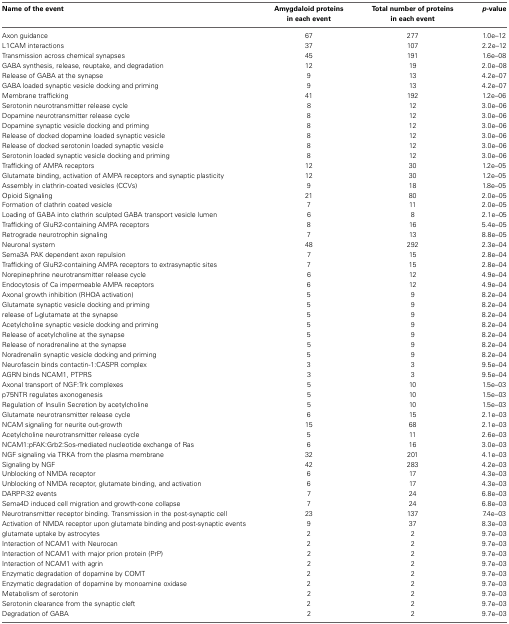
<table><thead><tr><td><b>Name of the event</b></td><td><b>Amygdaloid proteins in each event</b></td><td><b>Total number of proteins in each event</b></td><td><b><i>p</i>-value</b></td></tr></thead><tbody><tr><td>Axon guidance</td><td>67</td><td>277</td><td>1.0e–12</td></tr><tr><td>L1CAM interactions</td><td>37</td><td>107</td><td>2.2e–12</td></tr><tr><td>Transmission across chemical synapses</td><td>45</td><td>191</td><td>1.6e–08</td></tr><tr><td>GABA synthesis, release, reuptake, and degradation</td><td>12</td><td>19</td><td>2.0e–08</td></tr><tr><td>Release of GABA at the synapse</td><td>9</td><td>13</td><td>4.2e–07</td></tr><tr><td>GABA loaded synaptic vesicle docking and priming</td><td>9</td><td>13</td><td>4.2e–07</td></tr><tr><td>Membrane trafficking</td><td>41</td><td>192</td><td>1.2e–06</td></tr><tr><td>Serotonin neurotransmitter release cycle</td><td>8</td><td>12</td><td>3.0e–06</td></tr><tr><td>Dopamine neurotransmitter release cycle</td><td>8</td><td>12</td><td>3.0e–06</td></tr><tr><td>Dopamine synaptic vesicle docking and priming</td><td>8</td><td>12</td><td>3.0e–06</td></tr><tr><td>Release of docked dopamine loaded synaptic vesicle</td><td>8</td><td>12</td><td>3.0e–06</td></tr><tr><td>Release of docked serotonin loaded synaptic vesicle</td><td>8</td><td>12</td><td>3.0e–06</td></tr><tr><td>Serotonin loaded synaptic vesicle docking and priming</td><td>8</td><td>12</td><td>3.0e–06</td></tr><tr><td>Trafficking of AMPA receptors</td><td>12</td><td>30</td><td>1.2e–05</td></tr><tr><td>Glutamate binding, activation of AMPA receptors and synaptic plasticity</td><td>12</td><td>30</td><td>1.2e–05</td></tr><tr><td>Assembly in clathrin-coated vesicles (CCVs)</td><td>9</td><td>18</td><td>1.8e–05</td></tr><tr><td>Opioid Signaling</td><td>21</td><td>80</td><td>2.0e–05</td></tr><tr><td>Formation of clathrin coated vesicle</td><td>7</td><td>11</td><td>2.0e–05</td></tr><tr><td>Loading of GABA into clathrin sculpted GABA transport vesicle lumen</td><td>6</td><td>8</td><td>2.1e–05</td></tr><tr><td>Trafficking of GluR2-containing AMPA receptors</td><td>8</td><td>16</td><td>5.4e–05</td></tr><tr><td>Retrograde neurotrophin signaling</td><td>7</td><td>13</td><td>8.8e–05</td></tr><tr><td>Neuronal system</td><td>48</td><td>292</td><td>2.3e–04</td></tr><tr><td>Sema3A PAK dependent axon repulsion</td><td>7</td><td>15</td><td>2.8e–04</td></tr><tr><td>Trafficking of GluR2-containing AMPA receptors to extrasynaptic sites</td><td>7</td><td>15</td><td>2.8e–04</td></tr><tr><td>Norepinephrine neurotransmitter release cycle</td><td>6</td><td>12</td><td>4.9e–04</td></tr><tr><td>Endocytosis of Ca impermeable AMPA receptors</td><td>6</td><td>12</td><td>4.9e–04</td></tr><tr><td>Axonal growth inhibition (RHOA activation)</td><td>5</td><td>9</td><td>8.2e–04</td></tr><tr><td>Glutamate synaptic vesicle docking and priming</td><td>5</td><td>9</td><td>8.2e–04</td></tr><tr><td>release of L-glutamate at the synapse</td><td>5</td><td>9</td><td>8.2e–04</td></tr><tr><td>Acetylcholine synaptic vesicle docking and priming</td><td>5</td><td>9</td><td>8.2e–04</td></tr><tr><td>Release of acetylcholine at the synapse</td><td>5</td><td>9</td><td>8.2e–04</td></tr><tr><td>Release of noradrenaline at the synapse</td><td>5</td><td>9</td><td>8.2e–04</td></tr><tr><td>Noradrenalin synaptic vesicle docking and priming</td><td>5</td><td>9</td><td>8.2e–04</td></tr><tr><td>Neurofascin binds contactin-1:CASPR complex</td><td>3</td><td>3</td><td>9.5e–04</td></tr><tr><td>AGRN binds NCAM1, PTPRS</td><td>3</td><td>3</td><td>9.5e–04</td></tr><tr><td>Axonal transport of NGF:Trk complexes</td><td>5</td><td>10</td><td>1.5e–03</td></tr><tr><td>p75NTR regulates axonogenesis</td><td>5</td><td>10</td><td>1.5e–03</td></tr><tr><td>Regulation of Insulin Secretion by acetylcholine</td><td>5</td><td>10</td><td>1.5e–03</td></tr><tr><td>Glutamate neurotransmitter release cycle</td><td>6</td><td>15</td><td>2.1e–03</td></tr><tr><td>NCAM signaling for neurite out-growth</td><td>15</td><td>68</td><td>2.1e–03</td></tr><tr><td>Acetylcholine neurotransmitter release cycle</td><td>5</td><td>11</td><td>2.6e–03</td></tr><tr><td>NCAM1:pFAK:Grb2:Sos-mediated nucleotide exchange of Ras</td><td>6</td><td>16</td><td>3.0e–03</td></tr><tr><td>NGF signaling via TRKA from the plasma membrane</td><td>32</td><td>201</td><td>4.1e–03</td></tr><tr><td>Signaling by NGF</td><td>42</td><td>283</td><td>4.2e–03</td></tr><tr><td>Unblocking of NMDA receptor</td><td>6</td><td>17</td><td>4.3e–03</td></tr><tr><td>Unblocking of NMDA receptor, glutamate binding, and activation</td><td>6</td><td>17</td><td>4.3e–03</td></tr><tr><td>DARPP-32 events</td><td>7</td><td>24</td><td>6.8e–03</td></tr><tr><td>Sema4D induced cell migration and growth-cone collapse</td><td>7</td><td>24</td><td>6.8e–03</td></tr><tr><td>Neurotransmitter receptor binding. Transmission in the post-synaptic cell</td><td>23</td><td>137</td><td>7.4e–03</td></tr><tr><td>Activation of NMDA receptor upon glutamate binding and post-synaptic events</td><td>9</td><td>37</td><td>8.3e–03</td></tr><tr><td>glutamate uptake by astrocytes</td><td>2</td><td>2</td><td>9.7e–03</td></tr><tr><td>Interaction of NCAM1 with Neurocan</td><td>2</td><td>2</td><td>9.7e–03</td></tr><tr><td>Interaction of NCAM1 with major prion protein (PrP)</td><td>2</td><td>2</td><td>9.7e–03</td></tr><tr><td>Interaction of NCAM1 with agrin</td><td>2</td><td>2</td><td>9.7e–03</td></tr><tr><td>Enzymatic degradation of dopamine by COMT</td><td>2</td><td>2</td><td>9.7e–03</td></tr><tr><td>Enzymatic degradation of dopamine by monoamine oxidase</td><td>2</td><td>2</td><td>9.7e–03</td></tr><tr><td>Metabolism of serotonin</td><td>2</td><td>2</td><td>9.7e–03</td></tr><tr><td>Serotonin clearance from the synaptic cleft</td><td>2</td><td>2</td><td>9.7e–03</td></tr><tr><td>Degradation of GABA</td><td>2</td><td>2</td><td>9.7e–03</td></tr></tbody></table>